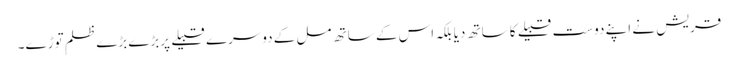
قریش نے اپنے دوست قبیلے کا ساتھ دیا بلکہ اس کے ساتھ مل کے دوسرے قبیلے پربڑے بڑے ظلم توڑے۔